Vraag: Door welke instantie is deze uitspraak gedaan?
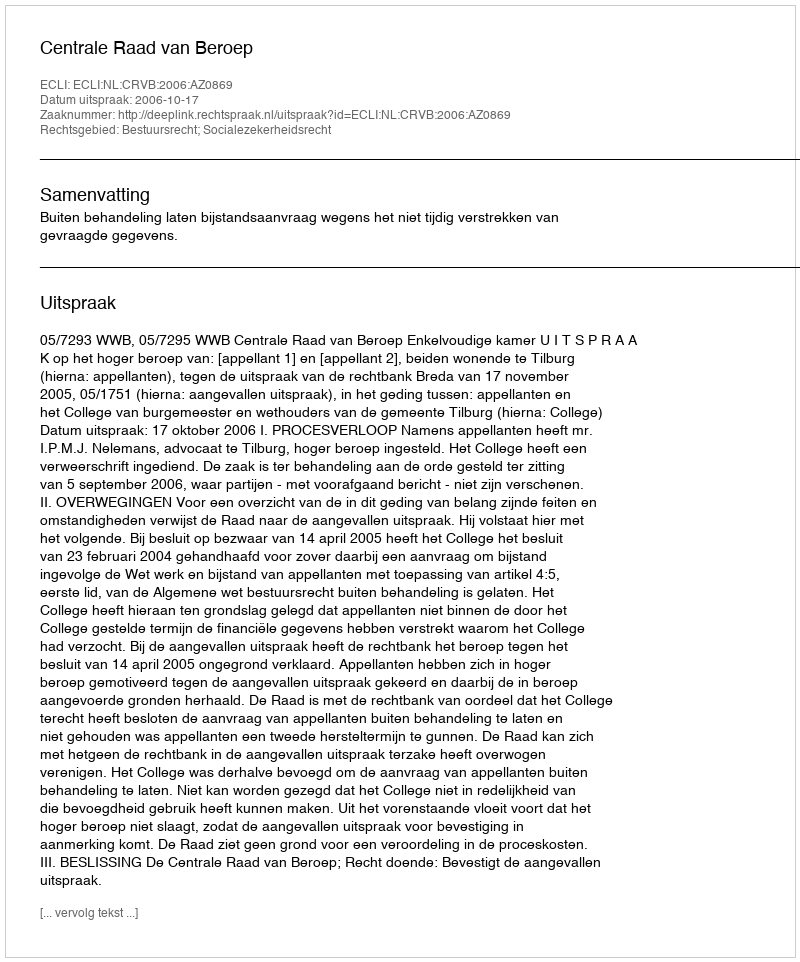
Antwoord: Centrale Raad van Beroep